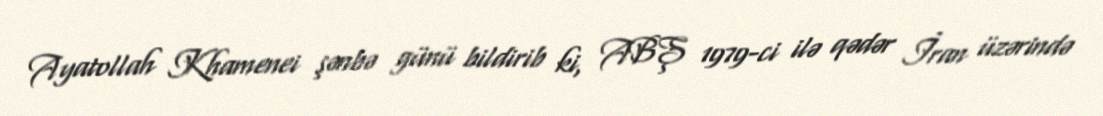
Ayatollah Khamenei şənbə günü bildirib ki, ABŞ 1979-ci ilə qədər İran üzərində